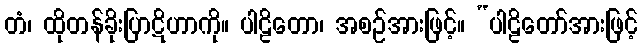
တံ၊ ထိုတန်ခိုးပြာဋိဟာကို။ ပါဠိတော၊ အစဉ်အားဖြင့်။ “ပါဠိတော်အားဖြင့်